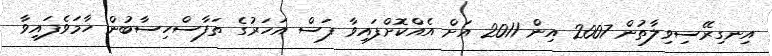
އިނގިރޭސިވިލާތުން 2007 އިން 2011 އަށް އެއްކޮށްފައިވާ ފަސް އަހަރުގެ ތަފާސްހިސާބުން ހާމަވެފައިވާ